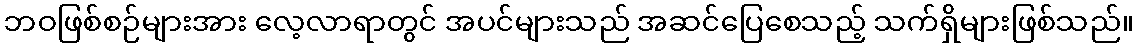
ဘဝဖြစ်စဉ်များအား လေ့လာရာတွင် အပင်များသည် အဆင်ပြေစေသည့် သက်ရှိများဖြစ်သည်။